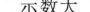
示数大